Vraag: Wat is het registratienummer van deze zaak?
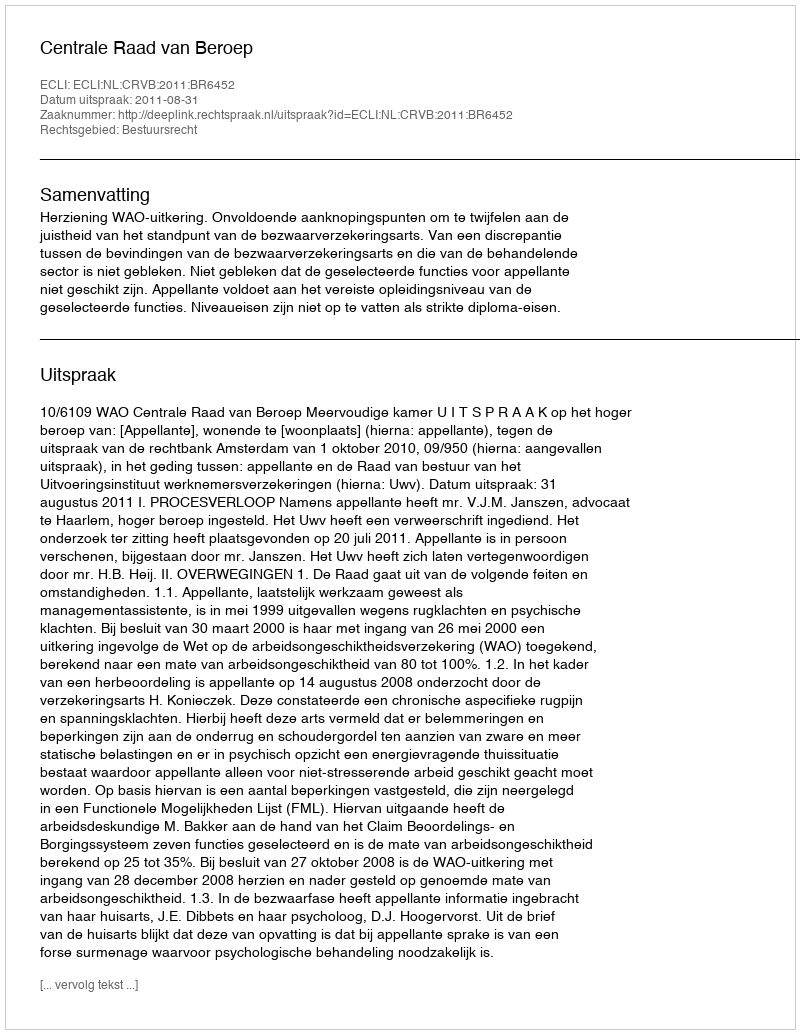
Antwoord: http://deeplink.rechtspraak.nl/uitspraak?id=ECLI:NL:CRVB:2011:BR6452